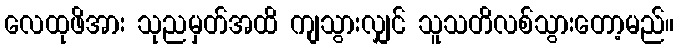
လေထုဖိအား သုညမှတ်အထိ ကျသွားလျှင် သူသတိလစ်သွားတော့မည်။